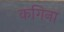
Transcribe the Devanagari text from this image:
कगिना